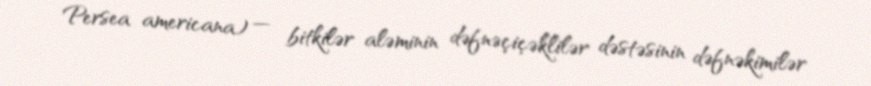
Persea americana) — bitkilər aləminin dəfnəçiçəklilər dəstəsinin dəfnəkimilər